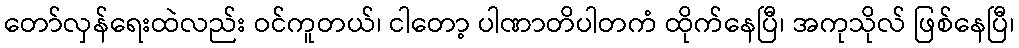
တော်လှန်ရေးထဲလည်း ဝင်ကူတယ်၊ ငါတော့ ပါဏာတိပါတကံ ထိုက်နေပြီ၊ အကုသိုလ် ဖြစ်နေပြီ၊